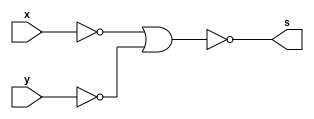
//Guia 02-2 AND
//Nome: Matheus Felipe Silva Evangelista

module and_cnors (s,x,y);
output s;
input x,y;
wire t1,t2;

nor n1(t1,x);
nor n2(t2,y);

assign s = ~(t1|t2);

endmodule

//teste And com Nors

module testeAnd_cnors;
reg a,b;
wire s;

//intanciando
and_cnors and_cnors1(s,a,b);
//main
initial begin
$display("\n Guia 02-2");
$display("\n Teste And com Nors");
$monitor("%b & %b = %b",a,b,s);
a=0;b=0;
#1 a=0;b=1;
#1 a=1;b=0;
#1 a=1;b=1;
end
endmodule
//Resultado
/*
   Guia 02-2
    
     Teste And com Nors
    0 & 0 = 0
    0 & 1 = 0
    1 & 0 = 0
    1 & 1 = 1
    */